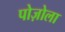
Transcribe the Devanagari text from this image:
पोज़ोला